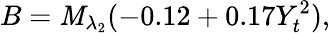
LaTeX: B=\mathit{M}_{\lambda_{2}}(-0.12+0.17Y_{t}^{2}),